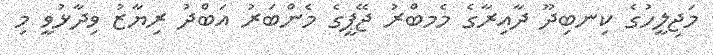
މަޖިލީހުގެ ކިނބިދޫ ދާއިރާގެ މެމބްރު ޖޭޕީގެ މެންބަރު އަބްދު ރިޔާޒު ވިދާޅުވީ މި